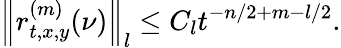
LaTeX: \left\| r_{t,x,y}^{(m)}(\nu)\right\| _{l}\le C_{l}t^{-n/2+m-l/2}.